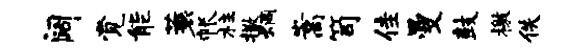
阔觉能蓑帐柱撒炯嵩笥佳曼鼓檄佚